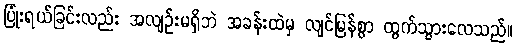
ပြုံးရယ်ခြင်းလည်း အလျဉ်းမရှိဘဲ အခန်းထဲမှ လျင်မြန်စွာ ထွက်သွားလေသည်။